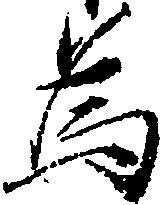
為